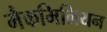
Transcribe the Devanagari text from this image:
मैकमिलियन